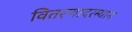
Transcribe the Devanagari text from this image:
वितरणादरम्यान